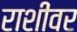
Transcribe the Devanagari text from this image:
राशींवर